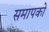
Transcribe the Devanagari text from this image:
समापकों